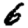
Digit: 6